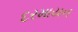
દરમાયન